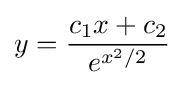
y={\frac {c_{1}x+c_{2}}{e^{x^{2}/2}}}